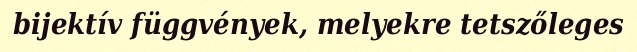
bijektív függvények, melyekre tetszőleges